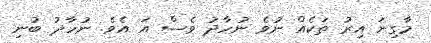
މާގިނަ އިރު ތަކެއް ނުވެ ނުހާދު ވެސް އަ އެވެ. ނުހާދު ބުނި